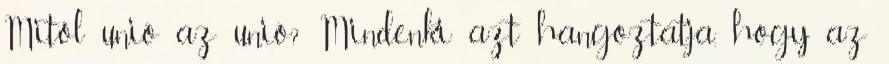
Mitől unió az unió? Mindenki azt hangoztatja, hogy az